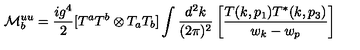
{ \cal M } _ { b } ^ { u u } = \frac { i g ^ { 4 } } { 2 } [ T ^ { a } T ^ { b } \otimes T _ { a } T _ { b } ] \int \frac { d ^ { 2 } k } { ( 2 \pi ) ^ { 2 } } \left[ \frac { T ( k , p _ { 1 } ) T ^ { * } ( k , p _ { 3 } ) } { w _ { k } - w _ { p } } \right]